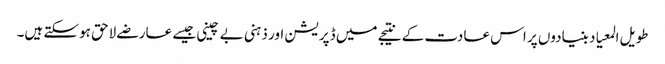
طویل المعیاد بنیادوں پر اس عادت کے نتیجے میں ڈپریشن اور ذہنی بے چینی جیسے عارضے لاحق ہوسکتے ہیں۔